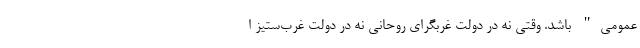
عمومی" باشد. وقتی نه در دولت غربگرای روحانی نه در دولت غرب‌ستیز ا